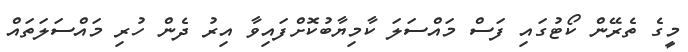
މީގެ ތެރޭން ކޯޓުގައި ފަސް މައްސަލަ ކާމިޔާބުކޮށްފައިވާ އިރު ދެން ހުރި މައްސަލަތައް